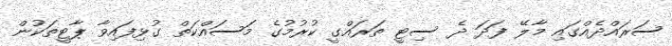
ސަރައްދެއްގައި މާލޭ ފަދަ ދެ ސިޓީ ތަރައްގީ ކުރުމުގެ މަސައްކަތް ގުޅިފައިވާ ޕާޓީތަކުން